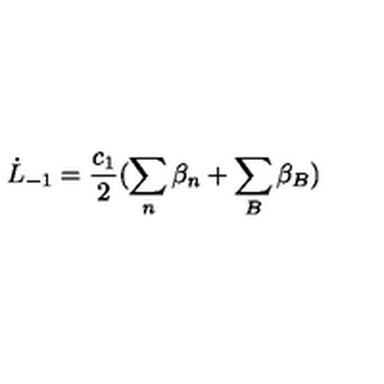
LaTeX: \dot { L } _ { - 1 } = \frac { c _ { 1 } } { 2 } ( \sum _ { n } \beta _ { n } + \sum _ { B } \beta _ { B } )